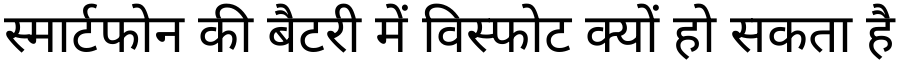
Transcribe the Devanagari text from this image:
स्मार्टफोन की बैटरी में विस्फोट क्यों हो सकता है